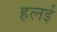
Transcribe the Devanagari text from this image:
हलई